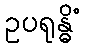
ဥပရုန္ဓိံ